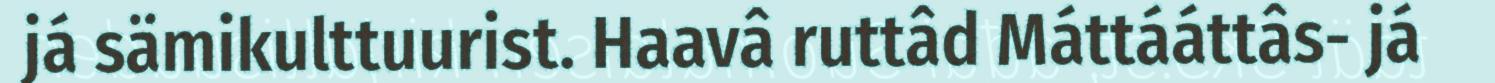
já sämikulttuurist. Haavâ ruttâd Máttááttâs- já